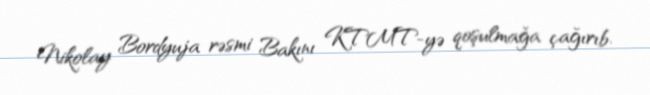
Nikolay Bordyuja rəsmi Bakını KTMT-yə qoşulmağa çağırıb.